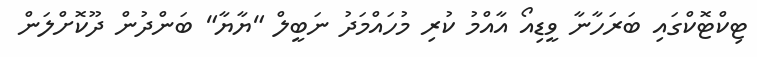
ޓިކްޓޮކްގައި ބަރަހާނާ ވީޑިއޯ އާއްމު ކުރި މުހައްމަދު ނަބީލް "ޔާޔާ" ބަންދުން ދޫކޮށްލަން